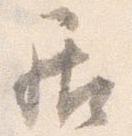
居